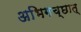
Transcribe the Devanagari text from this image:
अभिगच्छात्